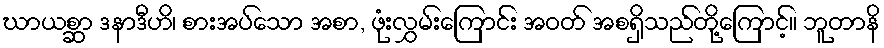
ဃာယစ္ဆာ ဒနာဒီဟိ၊ စားအပ်သော အစာ, ဖုံးလွှမ်းကြောင်း အဝတ် အစရှိသည်တို့ကြောင့်။ ဘူတာနိ